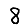
Digit: 8